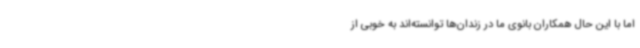
اما با این حال همکاران بانوی ما در زندان‌ها توانسته‌اند به خوبی از